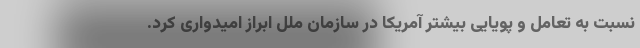
نسبت به تعامل و پویایی بیشتر آمریکا در سازمان ملل ابراز امیدواری کرد.